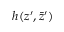
h ( z ^ { \prime } , \bar { z } ^ { \prime } )